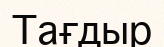
Тағдыр